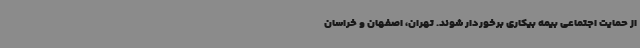
از حمایت اجتماعی بیمه بیکاری برخوردار شوند. تهران، اصفهان و خراسان